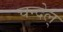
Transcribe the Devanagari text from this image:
चन्देल्